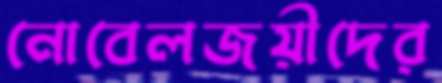
নোবেলজয়ীদের